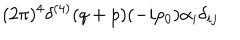
LaTeX: { \displaystyle ( 2 \pi ) ^ { 4 } \delta ^ { ( 4 ) } ( q + p ) ( - i p _ { 0 } ) \alpha _ { i } \delta _ { i j } }